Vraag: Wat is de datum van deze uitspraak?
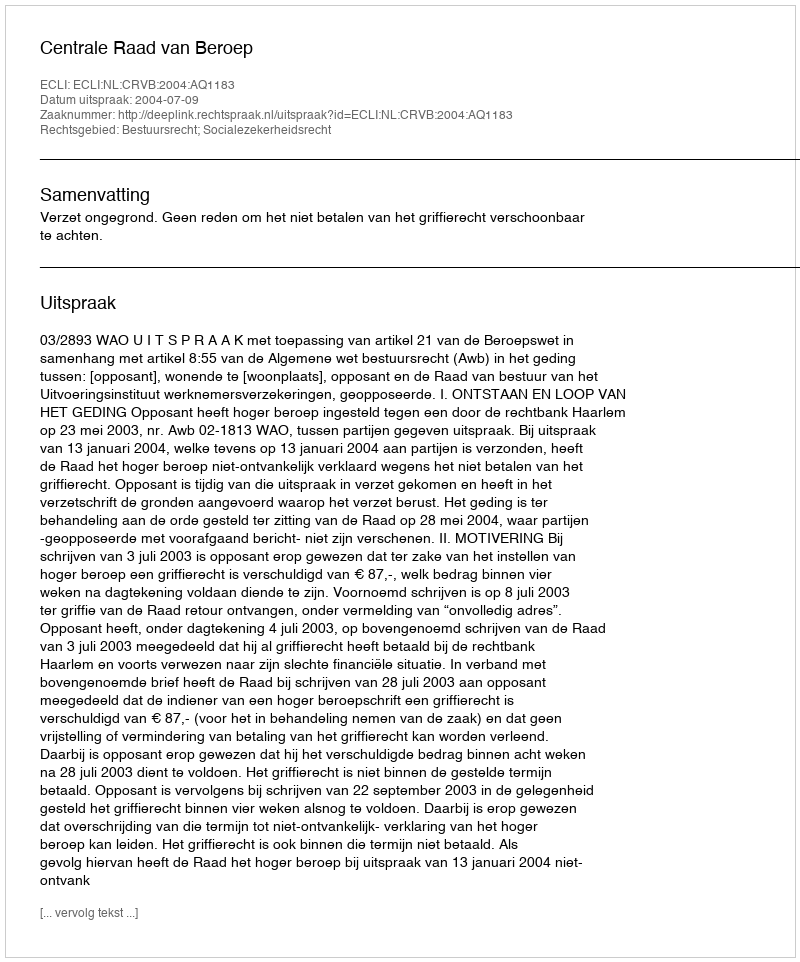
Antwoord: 2004-07-09